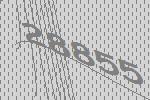
28855